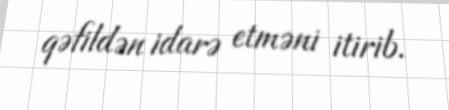
qəfildən idarə etməni itirib.